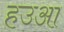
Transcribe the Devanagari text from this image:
हउआ